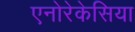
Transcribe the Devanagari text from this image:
एनोरेकेसिया